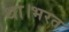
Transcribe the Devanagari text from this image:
था।भरत